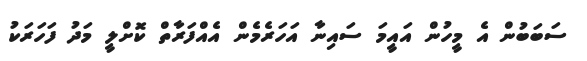
ސަބަބުން އެ މީހުން އައީމަ ސައިނާ އަހަރެމެން އެއްފަރާތް ކޮށްލީ މަދު ފަހަރަކު